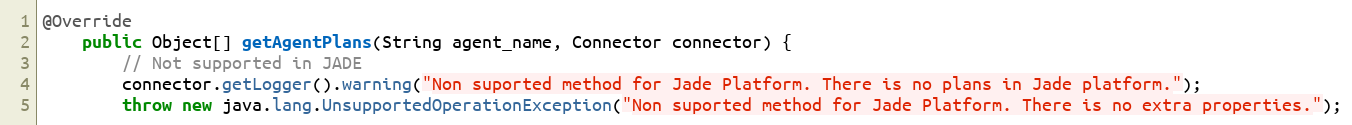
Language: Java
@Override
    public Object[] getAgentPlans(String agent_name, Connector connector) {
        // Not supported in JADE
        connector.getLogger().warning("Non suported method for Jade Platform. There is no plans in Jade platform.");
        throw new java.lang.UnsupportedOperationException("Non suported method for Jade Platform. There is no extra properties.");